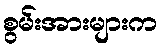
စွမ်းအားများက